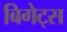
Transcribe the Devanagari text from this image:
बिगेट्स